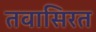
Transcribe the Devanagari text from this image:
तवासिरत